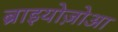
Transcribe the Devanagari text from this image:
ब्राइयोज़ोआ